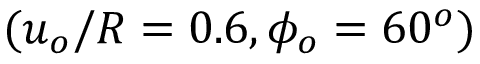
( u _ { o } / R = 0 . 6 , \phi _ { o } = 6 0 ^ { o } )